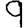
Digit: 9